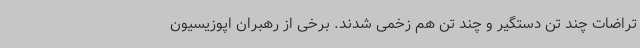
تراضات چند تن دستگیر و چند تن هم زخمی شدند. برخی از رهبران اپوزیسیون